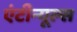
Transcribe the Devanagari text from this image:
एंटीन्यूल्स